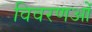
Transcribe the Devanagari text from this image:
विवरणओं